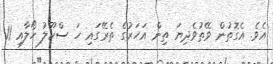
އެވެ. އެގޮތުން ވޭތުވެދިޔަ ތިން އަހަރުގެ ތެރޭގައި ހަ ސްކޫލު ހޯލާއި 11